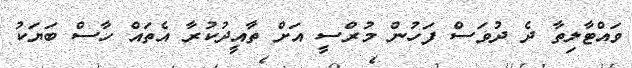
ވައްޓާލިތާ ދެ ދުވަސް ފަހުން މުރްސީ އަށް ތާއީދުކުރާ އެތައް ހާސް ބަޔަކު